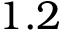
1 . 2